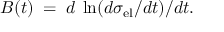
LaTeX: B ( t ) \; = \; d \: \ln ( d \sigma _ { \mathrm { e l } } / d t ) / d t .